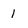
Character: 1